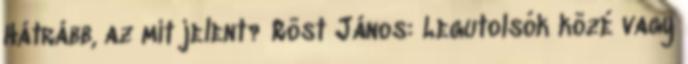
Hátrább, az mit jelent? Röst János: Legutolsók közé vagy